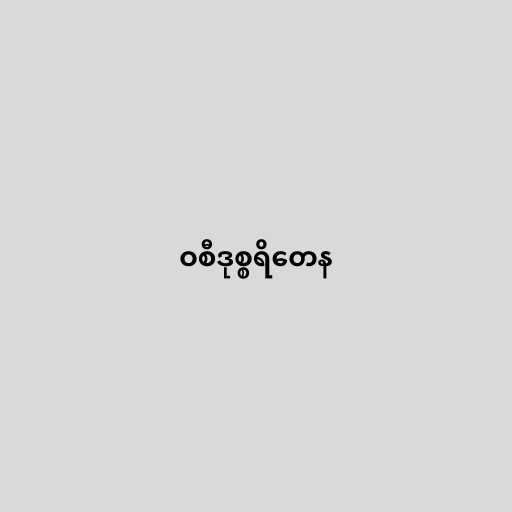
ဝစီဒုစ္စရိတေန